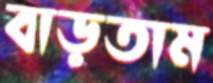
বাড়তাম